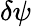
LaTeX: \delta{\psi}